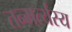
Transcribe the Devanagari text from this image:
तन्मर्त्यस्य